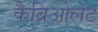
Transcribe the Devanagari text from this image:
कैब्रिओलेट